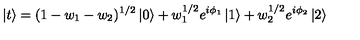
\left| t \right> = ( 1 - w _ { 1 } - w _ { 2 } ) ^ { 1 / 2 } \left| 0 \right> + w _ { 1 } ^ { 1 / 2 } e ^ { i \phi _ { 1 } } \left| 1 \right> + w _ { 2 } ^ { 1 / 2 } e ^ { i \phi _ { 2 } } \left| 2 \right>